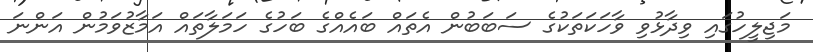
މަޖިލީހުގައި ވިދާޅުވި ވާހަކަތަކުގެ ސަބަބުން އެތައް ބައެއްގެ ބަހުގެ ހަމަލާތައް އަމާޒުވަމުން އަންނަ